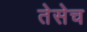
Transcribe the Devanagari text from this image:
तेसेच